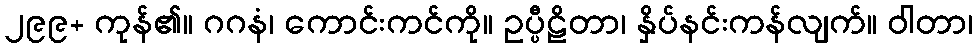
၂၉၉+ ကုန်၏။ ဂဂနံ၊ ကောင်းကင်ကို။ ဥပ္ပီဠိတာ၊ နှိပ်နင်းကန်လျက်။ ဝါတာ၊